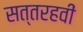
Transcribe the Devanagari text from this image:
सत्तरहवीं